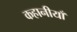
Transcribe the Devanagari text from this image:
कहानीयाँ